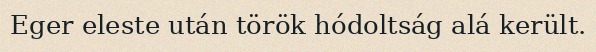
Eger eleste után török hódoltság alá került.